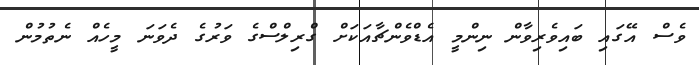
ވެސް އޭގައި ބައިވެރިވާން ނިންމީ އެޑްވެންޗާއަކަށް ގްރިލްސްގެ ވަރުގެ ދެވަނަ މީހެއް ނެތުމުން